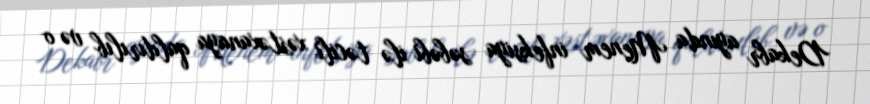
Dekabr ayında Menem infeksiya səbəbi ilə təcili xəstəxanaya qaldırılıb və o